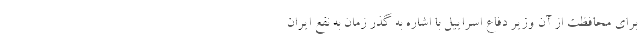
برای محافظت از آن وزیر دفاع اسراییل با اشاره به گذر زمان به نفع ایران